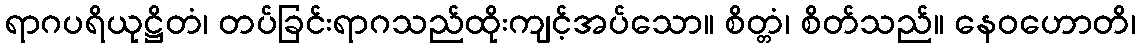
ရာဂပရိယုဋ္ဌိတံ၊ တပ်ခြင်းရာဂသည်ထိုးကျင့်အပ်သော။ စိတ္တံ၊ စိတ်သည်။ နေဝဟောတိ၊